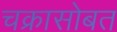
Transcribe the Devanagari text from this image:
चक्रासोबत